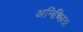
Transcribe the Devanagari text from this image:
अनिच्छिन्न